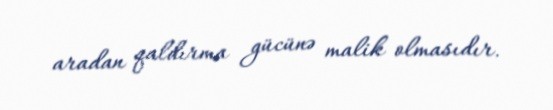
aradan qaldırma gücünə malik olmasıdır.